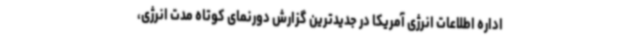
اداره اطلاعات انرژی آمریکا در جدیدترین گزارش دورنمای کوتاه مدت انرژی،